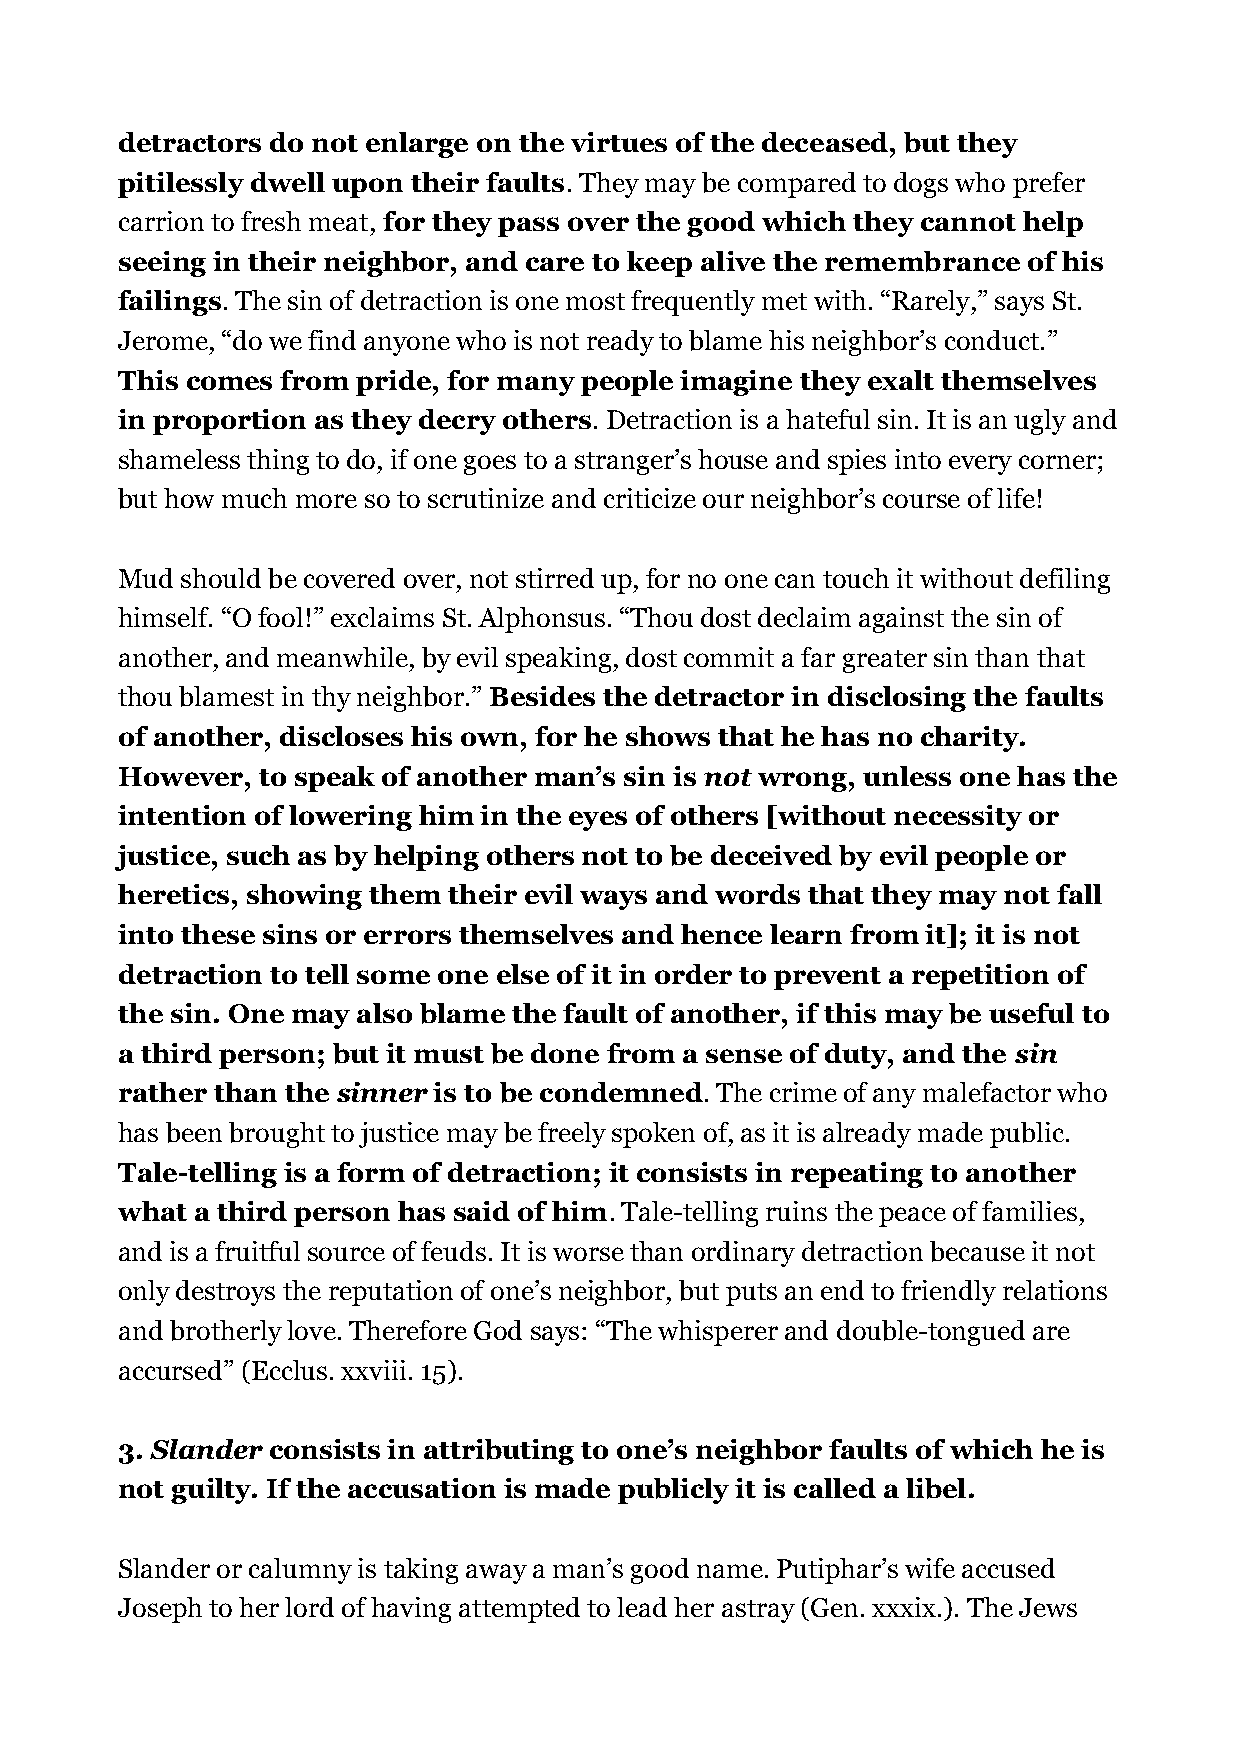
detractors do not enlarge on the virtues of the deceased, but they
 pitilessly dwell upon their faults. They may be compared to dogs who prefer
 carrion to fresh meat, for they pass over the good which they cannot help
 seeing in their neighbor, and care to keep alive the remembrance of his
 failings. The sin of detraction is one most frequently met with. “Rarely,” says St.
 Jerome, “do we find anyone who is not ready to blame his neighbor’s conduct.”
 This comes from pride, for many people imagine they exalt themselves
 in proportion as they decry others. Detraction is a hateful sin. It is an ugly and
 shameless thing to do, if one goes to a stranger’s house and spies into every corner;
 but how much more so to scrutinize and criticize our neighbor’s course of life!
 Mud should be covered over, not stirred up, for no one can touch it without defiling
 himself. “O fool!” exclaims St. Alphonsus. “Thou dost declaim against the sin of
 another, and meanwhile, by evil speaking, dost commit a far greater sin than that
 thou blamest in thy neighbor.” Besides the detractor in disclosing the faults
 of another, discloses his own, for he shows that he has no charity.
 However, to speak of another man’s sin is not wrong, unless one has the
 intention of lowering him in the eyes of others [without necessity or
 justice, such as by helping others not to be deceived by evil people or
 heretics, showing them their evil ways and words that they may not fall
 into these sins or errors themselves and hence learn from it]; it is not
 detraction to tell some one else of it in order to prevent a repetition of
 the sin. One may also blame the fault of another, if this may be useful to
 a third person; but it must be done from a sense of duty, and the sin
 rather than the sinner is to be condemned. The crime of any malefactor who
 has been brought to justice may be freely spoken of, as it is already made public.
 Tale-telling is a form of detraction; it consists in repeating to another
 what a third person has said of him. Tale-telling ruins the peace of families,
 and is a fruitful source of feuds. It is worse than ordinary detraction because it not
 only destroys the reputation of one’s neighbor, but puts an end to friendly relations
 and brotherly love. Therefore God says: “The whisperer and double-tongued are
 accursed” (Ecclus. xxviii. 15).
 3. Slander consists in attributing to one’s neighbor faults of which he is
 not guilty. If the accusation is made publicly it is called a libel.
 Slander or calumny is taking away a man’s good name. Putiphar’s wife accused
 Joseph to her lord of having attempted to lead her astray (Gen. xxxix.). The Jews